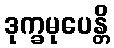
ဒုက္ခမုပေန္တိ